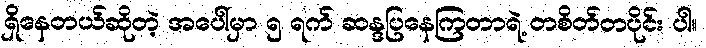
ရှိနေတယ်ဆိုတဲ့ အပေါ်မှာ ၅ ရက် ဆန္ဒပြနေကြတာရဲ့ တစိတ်တပိုင်း ပါ။